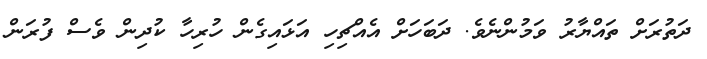
ދަތުރަށް ތައްޔާރު ވަމުންނެވެ. ދަބަހަށް އެއްޗިހި އަޅައިގެން ހުރިހާ ކުދިން ވެސް ފުރަން